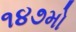
૧૪૭મો